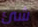
شئ